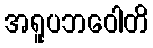
အရူပဘဝေါတိ